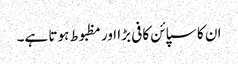
ان کا سپائن کافی بڑا اور مظبوط ہوتا ہے۔